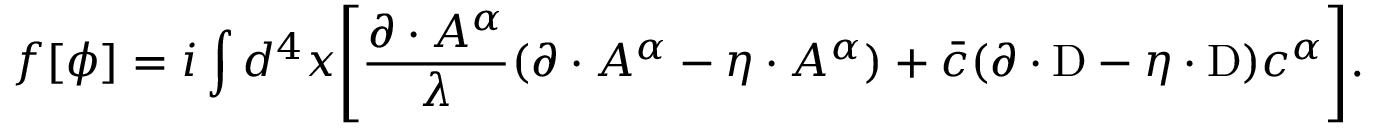
f [ \phi ] = i \int d ^ { 4 } x \Biggl [ { \frac { \partial \cdot A ^ { \alpha } } { \lambda } } ( \partial \cdot A ^ { \alpha } - \eta \cdot A ^ { \alpha } ) + { \bar { c } } ( \partial \cdot \mathrm { D } - \eta \cdot \mathrm { D } ) c ^ { \alpha } \Biggr ] .